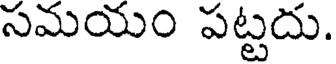
సమయం పట్టదు.